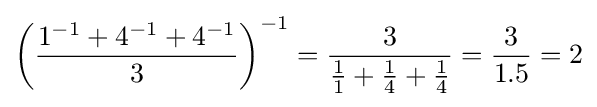
\left({\frac {1^{-1}+4^{-1}+4^{-1}}{3}}\right)^{-1}={\frac {3}{{\frac {1}{1}}+{\frac {1}{4}}+{\frac {1}{4}}}}={\frac {3}{1.5}}=2